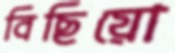
বিছিয়ো